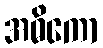
အဓိကော